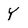
Character: Y